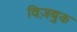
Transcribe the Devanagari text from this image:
विज़बुक